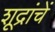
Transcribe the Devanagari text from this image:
शूद्रांचें